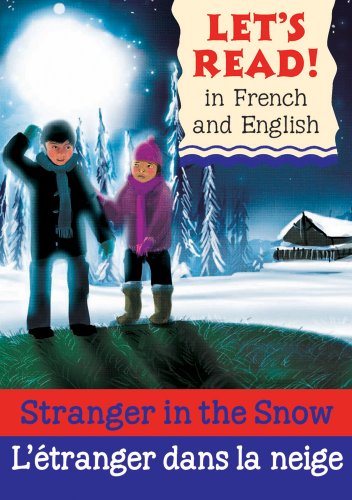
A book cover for Stranger in the Snow/L'etranger dans la neige: French/English Edition (Let's Read! Books) (French Edition); Lynne Benton; Children's Books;